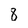
Character: 8